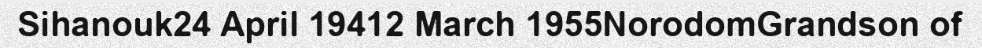
Sihanouk24 April 19412 March 1955NorodomGrandson of